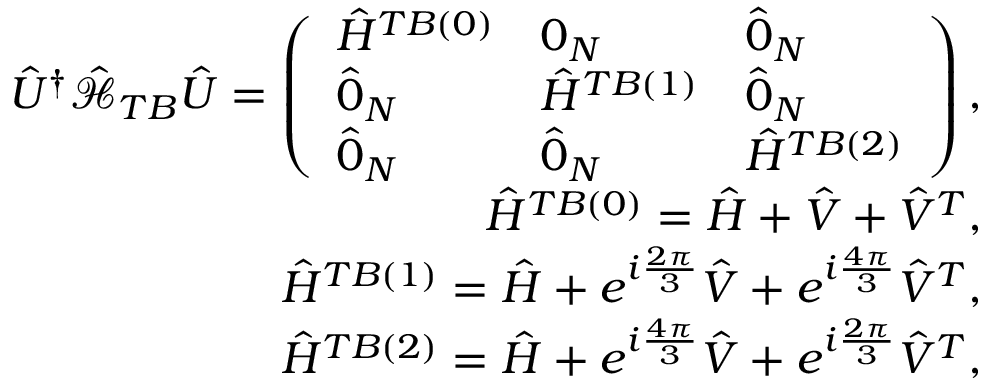
\begin{array} { r l r } & { } & { \hat { U } ^ { \dagger } \mathcal { \hat { H } } _ { T B } \hat { U } = \left( \begin{array} { l l l } { \hat { H } ^ { T B ( 0 ) } } & { 0 _ { N } } & { \hat { 0 } _ { N } } \\ { \hat { 0 } _ { N } } & { \hat { H } ^ { T B ( 1 ) } } & { \hat { 0 } _ { N } } \\ { \hat { 0 } _ { N } } & { \hat { 0 } _ { N } } & { \hat { H } ^ { T B ( 2 ) } } \end{array} \right) , } \\ & { } & { \hat { H } ^ { T B ( 0 ) } = \hat { H } + \hat { V } + \hat { V } ^ { T } , } \\ & { } & { \hat { H } ^ { T B ( 1 ) } = \hat { H } + e ^ { i \frac { 2 \pi } { 3 } } \hat { V } + e ^ { i \frac { 4 \pi } { 3 } } \hat { V } ^ { T } , } \\ & { } & { \hat { H } ^ { T B ( 2 ) } = \hat { H } + e ^ { i \frac { 4 \pi } { 3 } } \hat { V } + e ^ { i \frac { 2 \pi } { 3 } } \hat { V } ^ { T } , } \end{array}